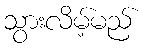
သွားလိမ့်မည်